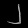
Digit: ၂